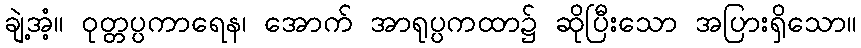
ချဲ့အံ့။ ဝုတ္တပ္ပကာရေန၊ အောက် အာရုပ္ပကထာ၌ ဆိုပြီးသော အပြားရှိသော။